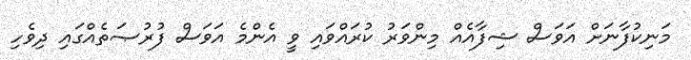
މަނިކުފާނަށް އަވަސް ޝިފާއެއް މިންވަރު ކުރައްވައި ވީ އެންމެ އަވަސް ފުރުޞަތެއްގައި ދިވެހި